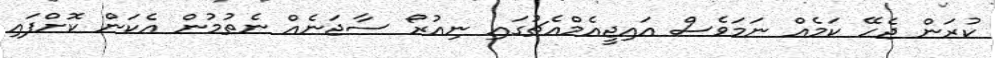
ކުރަން ޖެހޭ ކަމެއް ނަމަވެސް އައިޖީއެމްއެޗުގައި ނިއުރޯ ސާޖަނެއް ނެތުމުން އެކަން ކޮށްފައި